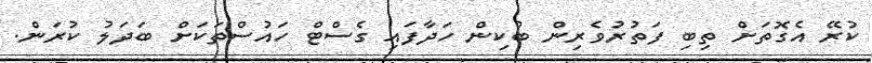
ކުރޭ އެގޮތަށް ތިބި ފަތުރުވެރިން ބުކިން ހަދާފައި ގެސްޓް ހައުސްތަކަށް ބަދަލު ކުރަން.